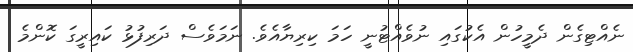
ނެއްޓިގެން ދެމީހުން އެކުގައި ނުވެއްޓުނީ ހަމަ ކިރިޔާއެވެ. ނަމަވެސް ދަރިފުޅު ކައިރީގަ ކޮންމެ